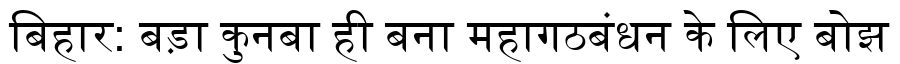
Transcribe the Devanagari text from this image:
बिहार: बड़ा कुनबा ही बना महागठबंधन के लिए बोझ